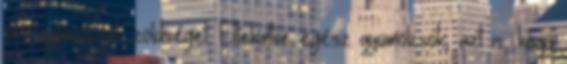
sok gyümölcsöt, zöldséget. Eltekintve egész gyümölcsök, azt is, hogy